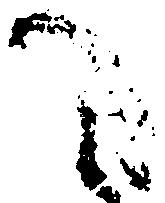
へ